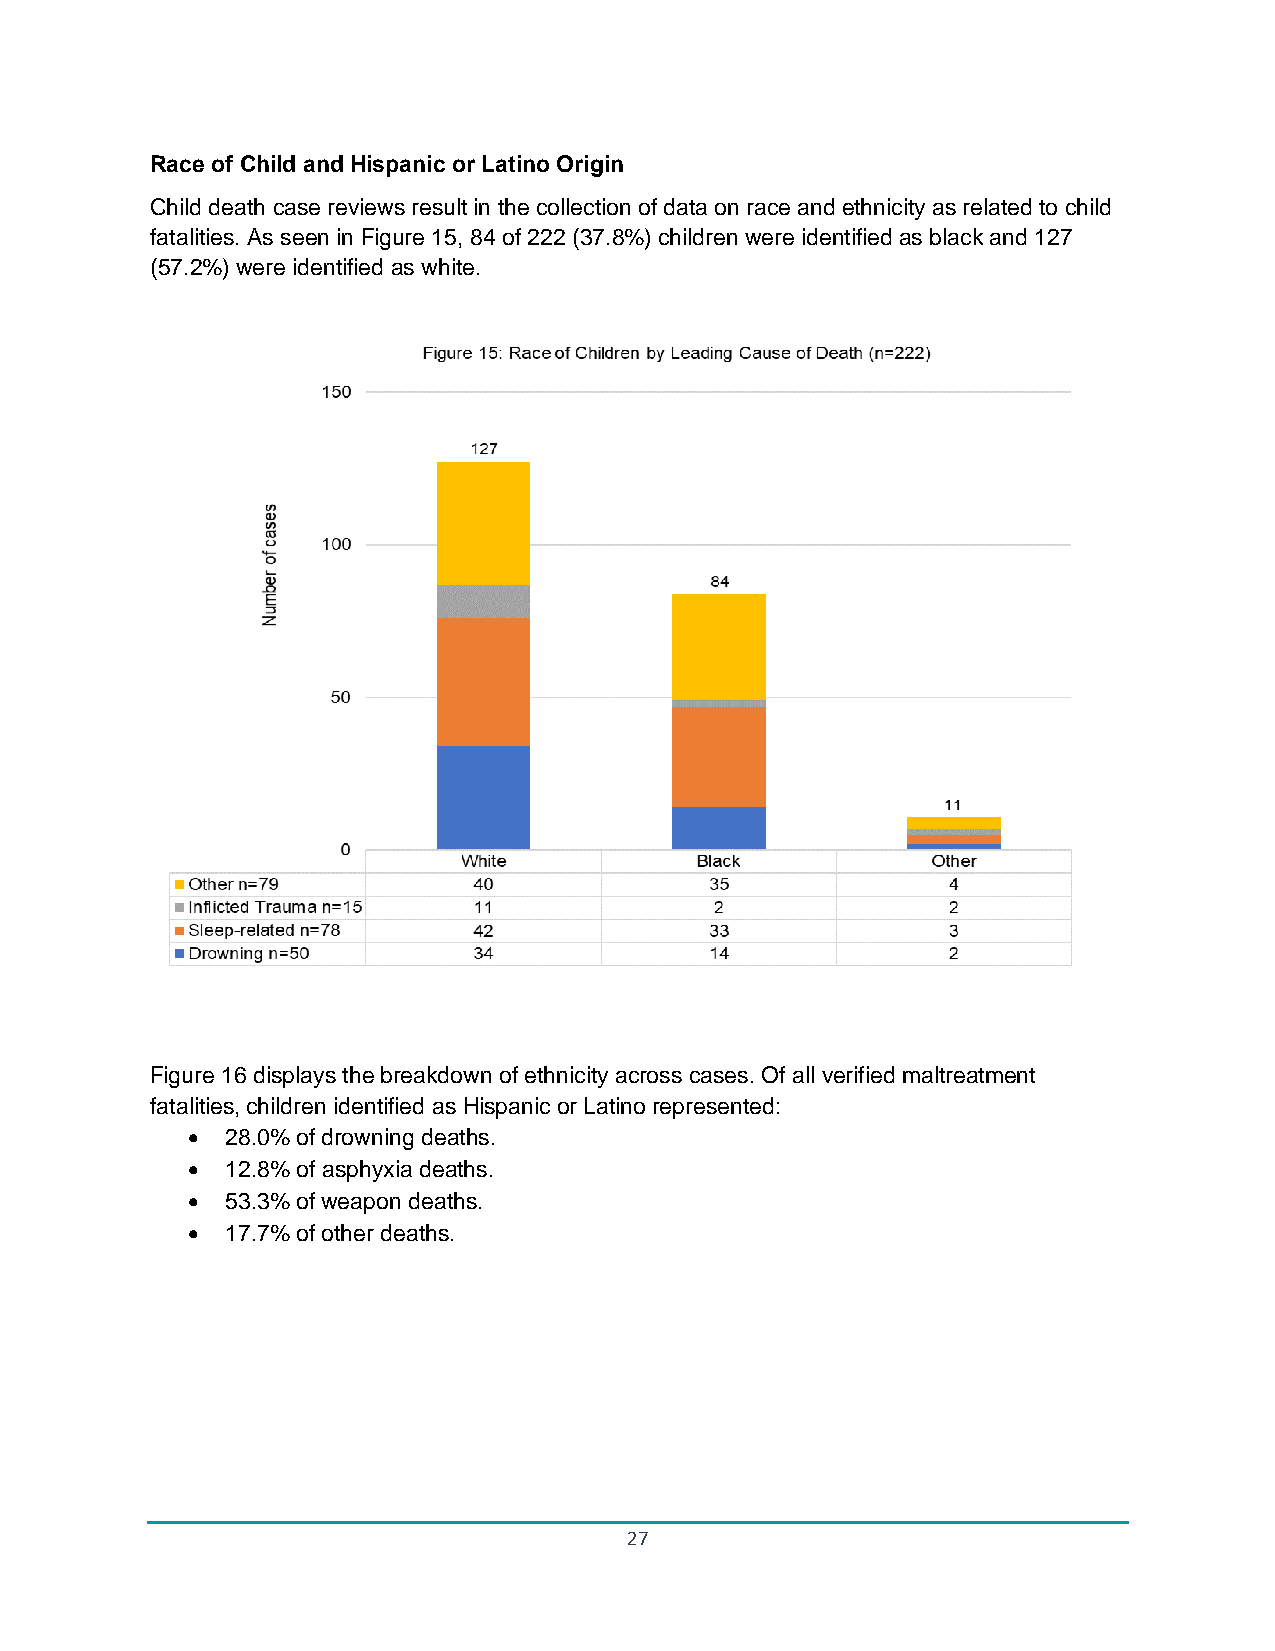
Race of Child and Hispanic or Latino Origin
 Child death case reviews result in the collection of data on race and ethnicity as related to child
 fatalities. As seen in Figure 15, 84 of 222 (37.8%) children were identified as black and 127
 (57.2%) were identified as white.
 Figure 16 displays the breakdown of ethnicity across cases. Of all verified maltreatment
 fatalities, children identified as Hispanic or Latino represented:
 •  28.0% of drowning deaths.
 •  12.8% of asphyxia deaths.
 •  53.3% of weapon deaths.
 •  17.7% of other deaths.
 27